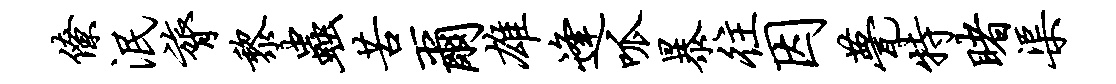
僚泯膂黎虫苦尔雄逢呱暴往因甍特睹渠